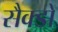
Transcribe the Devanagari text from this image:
सैक्डों